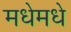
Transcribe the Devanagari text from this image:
मधेमधे